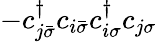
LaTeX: -c_{j\bar{\sigma}}^{\dagger}c_{i\bar{\sigma}}c_{i\sigma}^{\dagger}c_{j\sigma}